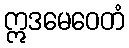
ဣဒမေဝေတံ